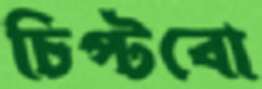
চিপ্‌টবো